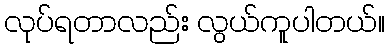
လုပ်ရတာလည်း လွယ်ကူပါတယ်။